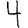
Digit: 4